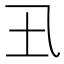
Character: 𡈾